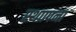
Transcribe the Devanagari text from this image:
स्थाापना